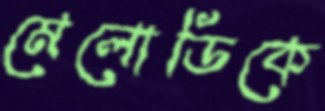
মেলোডিকে